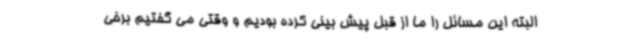
البته این مسائل را ما از قبل پیش بینی کرده بودیم و وقتی می گفتیم برخی